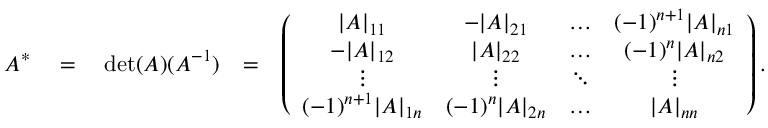
\begin{array} { r l r } { A ^ { * } \quad = \quad \operatorname* { d e t } ( A ) ( A ^ { - 1 } ) } & { = } & { \left( \begin{array} { c c c c } { | A | _ { 1 1 } } & { - | A | _ { 2 1 } } & { \hdots } & { ( - 1 ) ^ { n + 1 } | A | _ { n 1 } } \\ { - | A | _ { 1 2 } } & { | A | _ { 2 2 } } & { \hdots } & { ( - 1 ) ^ { n } | A | _ { n 2 } } \\ { \vdots } & { \vdots } & { \ddots } & { \vdots } \\ { ( - 1 ) ^ { n + 1 } | A | _ { 1 n } } & { ( - 1 ) ^ { n } | A | _ { 2 n } } & { \hdots } & { | A | _ { n n } } \end{array} \right) . } \end{array}